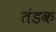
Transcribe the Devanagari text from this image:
तंडक